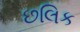
છલિક